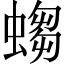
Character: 𧎷